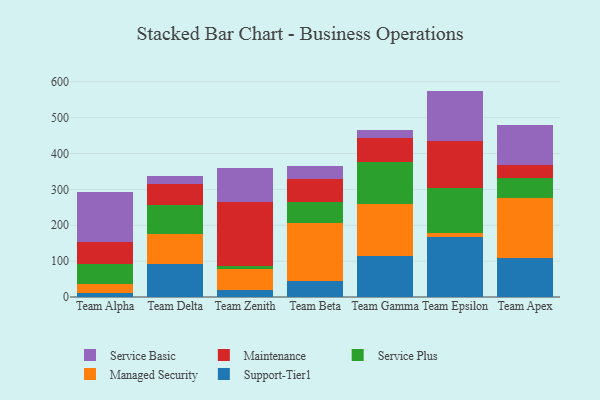
{"axis": {"x": "Team", "y": "Backlog"}, "legend": ["Maintenance", "Managed Security", "Service Basic", "Service Plus", "Support-Tier1"], "data": [{"x": "Team Alpha", "y": 10.7, "type": "Support-Tier1"}, {"x": "Team Alpha", "y": 26.6, "type": "Managed Security"}, {"x": "Team Alpha", "y": 53.7, "type": "Service Plus"}, {"x": "Team Alpha", "y": 61.3, "type": "Maintenance"}, {"x": "Team Alpha", "y": 139.7, "type": "Service Basic"}, {"x": "Team Delta", "y": 93.0, "type": "Support-Tier1"}, {"x": "Team Delta", "y": 82.1, "type": "Managed Security"}, {"x": "Team Delta", "y": 80.6, "type": "Service Plus"}, {"x": "Team Delta", "y": 60.4, "type": "Maintenance"}, {"x": "Team Delta", "y": 22.4, "type": "Service Basic"}, {"x": "Team Zenith", "y": 19.7, "type": "Support-Tier1"}, {"x": "Team Zenith", "y": 57.5, "type": "Managed Security"}, {"x": "Team Zenith", "y": 10.5, "type": "Service Plus"}, {"x": "Team Zenith", "y": 177.7, "type": "Maintenance"}, {"x": "Team Zenith", "y": 93.1, "type": "Service Basic"}, {"x": "Team Beta", "y": 43.3, "type": "Support-Tier1"}, {"x": "Team Beta", "y": 162.5, "type": "Managed Security"}, {"x": "Team Beta", "y": 58.3, "type": "Service Plus"}, {"x": "Team Beta", "y": 64.9, "type": "Maintenance"}, {"x": "Team Beta", "y": 37.3, "type": "Service Basic"}, {"x": "Team Gamma", "y": 115.4, "type": "Support-Tier1"}, {"x": "Team Gamma", "y": 142.9, "type": "Managed Security"}, {"x": "Team Gamma", "y": 119.3, "type": "Service Plus"}, {"x": "Team Gamma", "y": 64.4, "type": "Maintenance"}, {"x": "Team Gamma", "y": 22.7, "type": "Service Basic"}, {"x": "Team Epsilon", "y": 166.4, "type": "Support-Tier1"}, {"x": "Team Epsilon", "y": 11.7, "type": "Managed Security"}, {"x": "Team Epsilon", "y": 124.8, "type": "Service Plus"}, {"x": "Team Epsilon", "y": 132.2, "type": "Maintenance"}, {"x": "Team Epsilon", "y": 139.7, "type": "Service Basic"}, {"x": "Team Apex", "y": 108.5, "type": "Support-Tier1"}, {"x": "Team Apex", "y": 168.9, "type": "Managed Security"}, {"x": "Team Apex", "y": 54.9, "type": "Service Plus"}, {"x": "Team Apex", "y": 35.9, "type": "Maintenance"}, {"x": "Team Apex", "y": 112.7, "type": "Service Basic"}]}